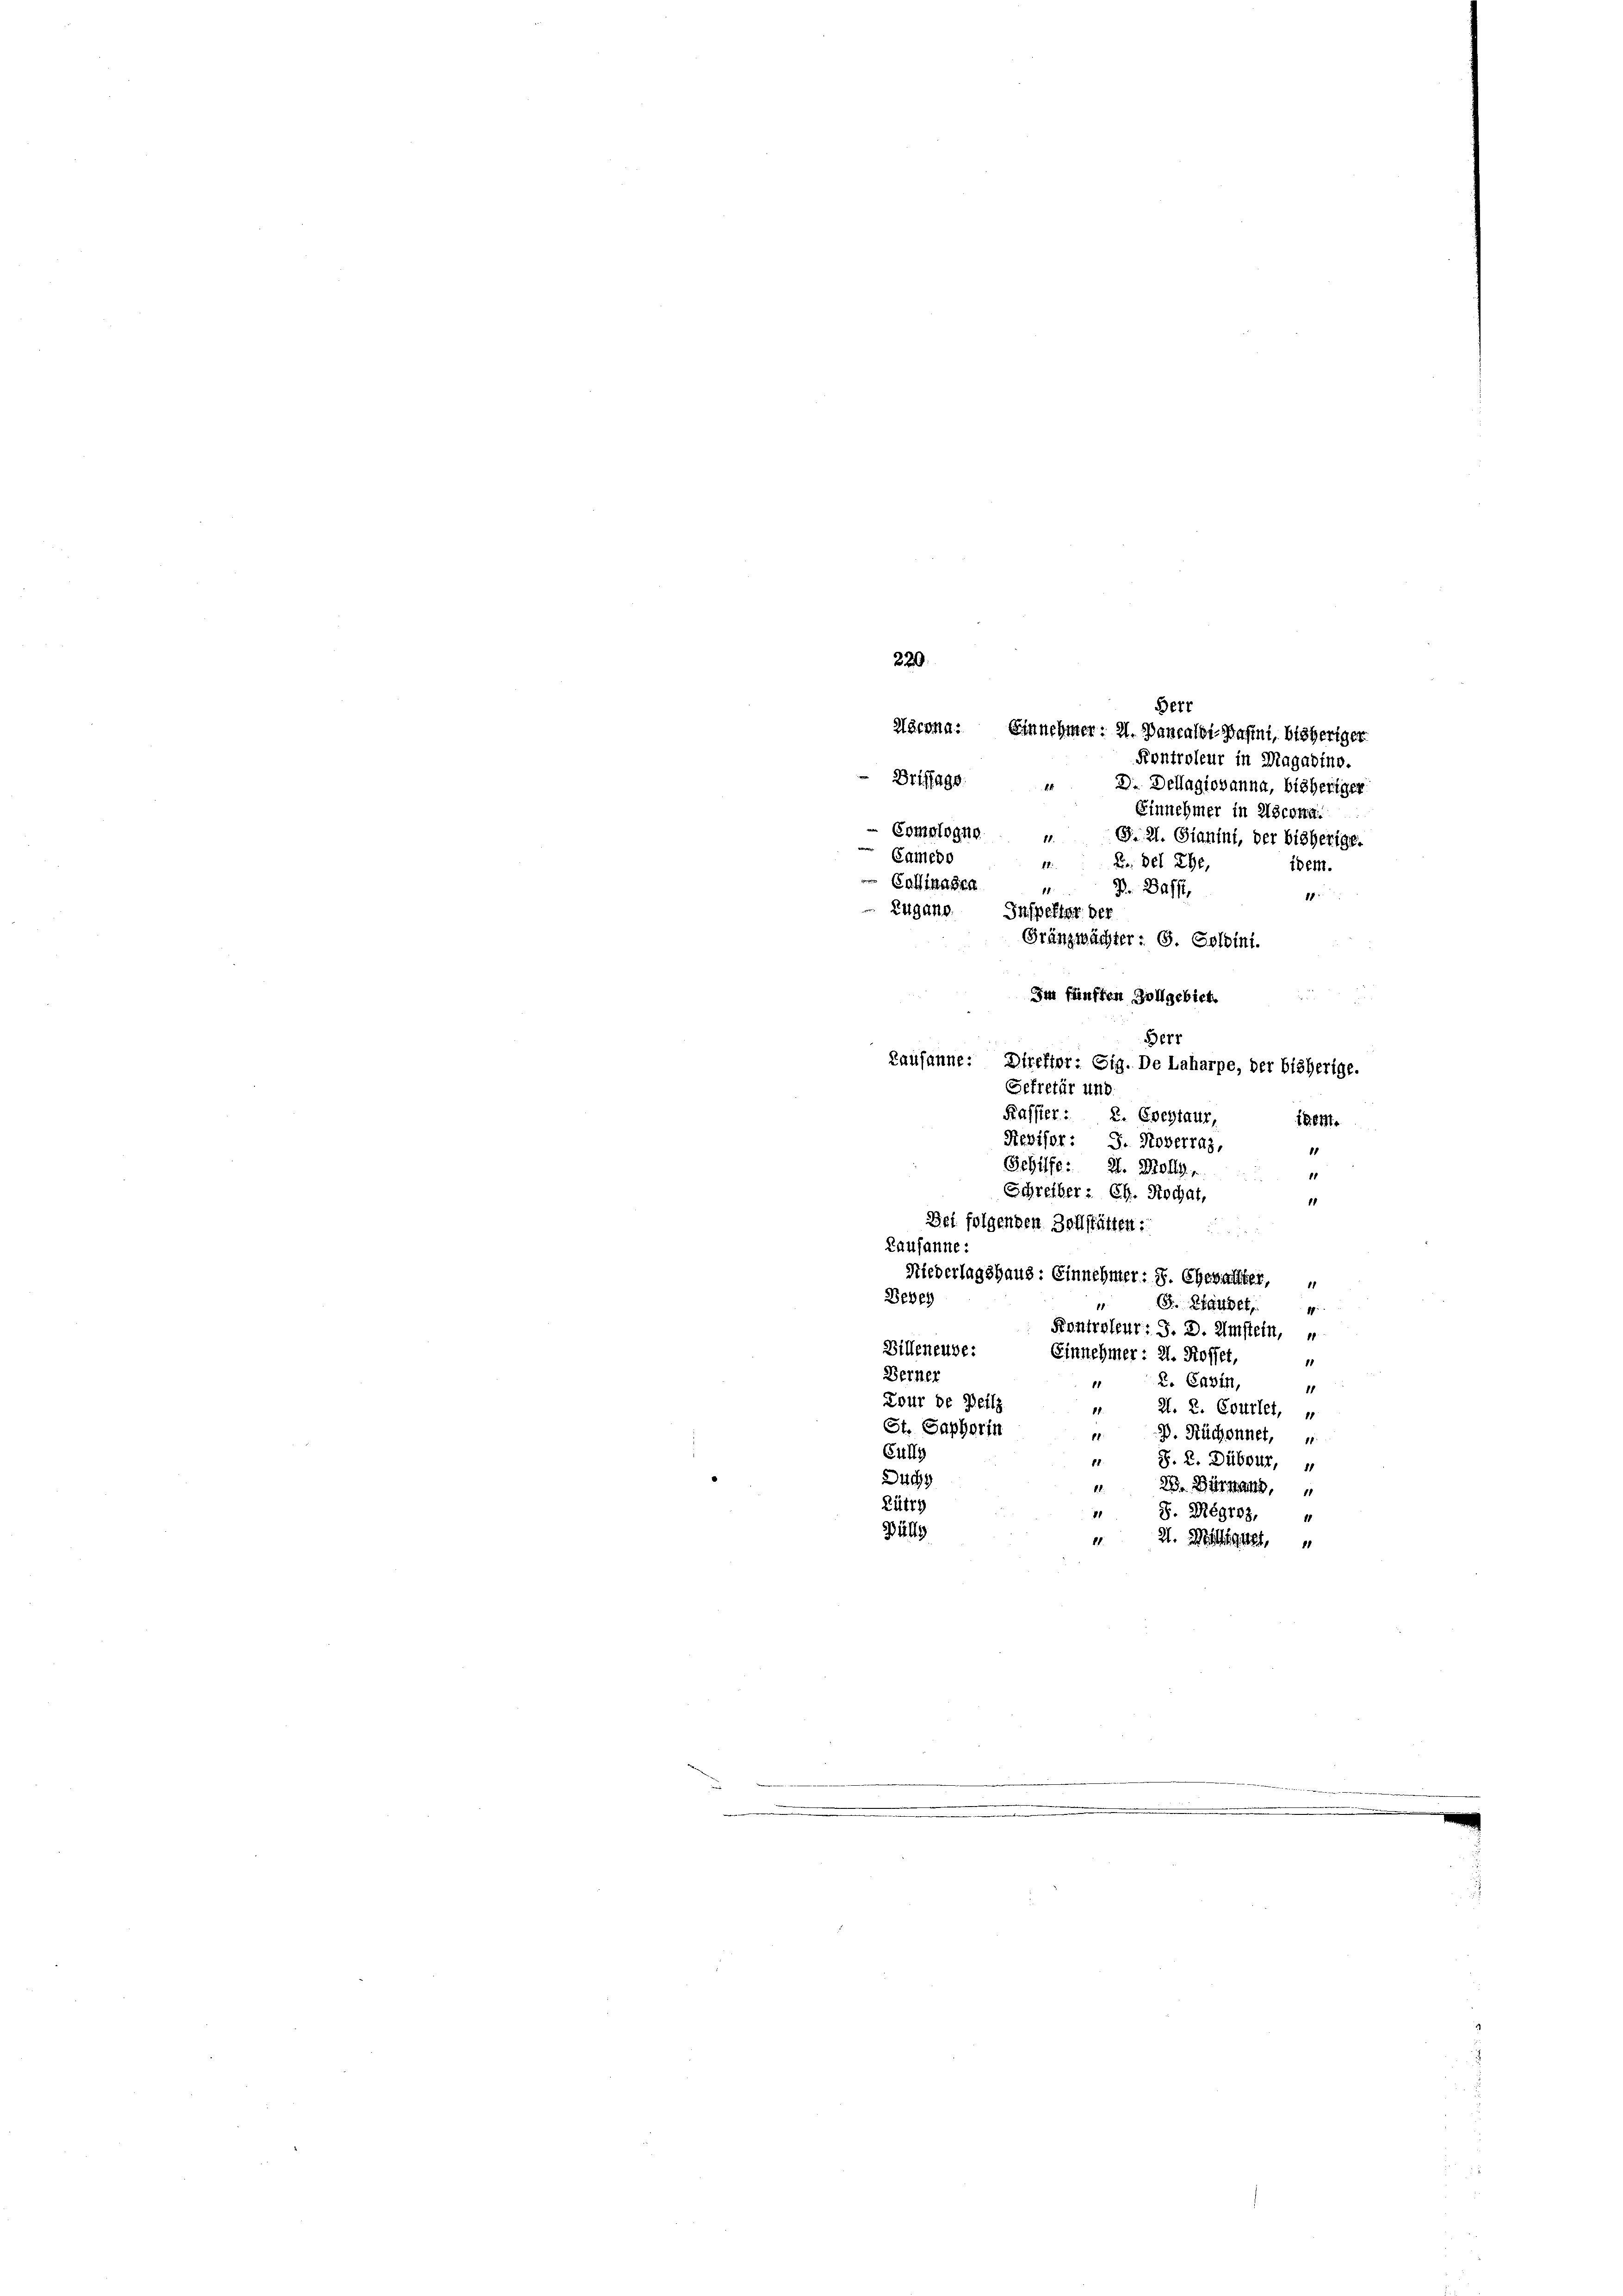
220.
Herr
Häcona. Einnehmen: 21. Bancaldi Baftni, bisheriger
Kontroleur in Magadino.
Briffags.
D. Dellagiovanna, bisheriger
8.
Einnehmer in Ascora
Comologne
18.
G. 21. Gianini, der bisherige.
Camedo
Dr. Der Ehe,
17.
idem.
Calinasen
11
B. Dass
1
Zugano.
Inspektor bei
Gränzwächter: G. Soloint.
Im fünften Zollgebiet.

5671
Lausanne: Direktor: Eig. De Laharpe, der bisherige.

Gefretär und
Kassier: 2. Grestaur
iben.
Revisor: J. Noverrag,
11
¬
Sehilfe: H. Wolle,

Schreiber: Ch. Rochat,
1
Bei folgenden Zollstätten:
5
Lausanne:
Niederlagshaus: Einnehmer: S. Ehesachter,
11
Bebey
. Räuber,
:
Kontroleur: J. D. Amstein,
Billeneube:
Einnehmer: 2. Rosset,
11
Berner
2. Cazin,
11
11
Zour de Beilz
88.
Zl. 2. Courlet,
St. Saphorin
.
D. Ruchonnet,
Cully
§. 2. Dubour,
14
e
Duchy
1.
23. Bürnand,
Rütty
21
S. Begraz,
Pälly
2. Milliget,